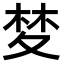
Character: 𭐧